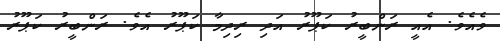
ވެއެވެ. އެއީ ރަންބީރު ކަޕޫރު އަދި ރިދިމާ ކަޕޫރު އެވެ. ރަންބީރު ކަޕޫރު